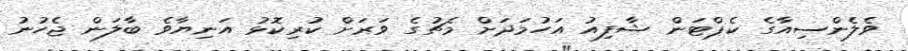
ވެލެންސިއާގެ ކެޕްޓަން ޝާފިއު އަހުމަދަށް މެޗުގެ ވަރަށް ކުރިކޮޅު އަނިޔާވެ ބާލަން ޖެހުނު